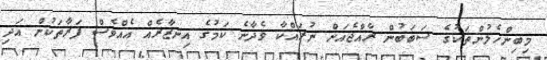
މިބިންހެލުންތަކުގެ ސަބަބުން ރާއްޖެއަށް ނުރައްކާ ވެދާނެ ކަމުގެ އިނޒާރެއް އެއްވެސް ފަރާތަކުން އަދި